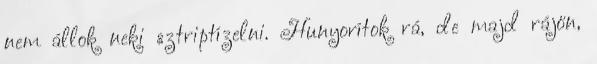
nem állok neki sztriptízelni. Hunyorítok rá, de majd rájön,